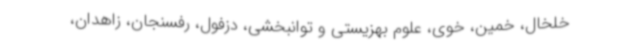
خلخال، خمین، خوی، علوم بهزیستی و توانبخشی، دزفول، رفسنجان، زاهدان،